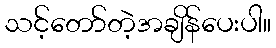
သင့်တော်တဲ့အချိန်ပေးပါ။